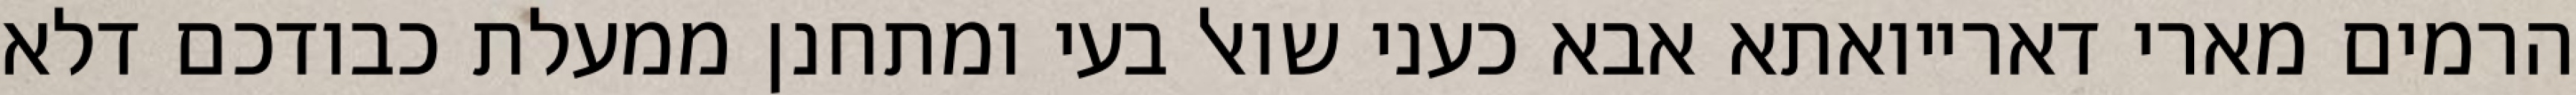
הרמים מארי דארייואתא אבא כעני שואל בעי ומתחנן ממעלת כבודכם דלא